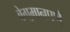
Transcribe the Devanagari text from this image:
बेगुमानपणे